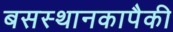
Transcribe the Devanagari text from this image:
बसस्थानकापैकी